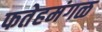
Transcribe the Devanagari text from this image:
फतेहमंगळ